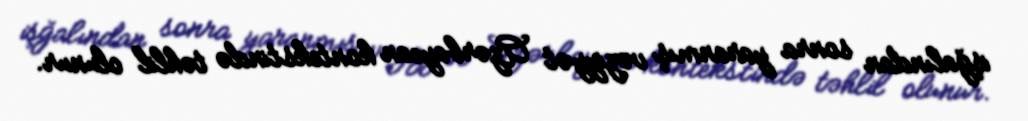
işğalından sonra yaranmış vəziyyət Azərbaycan kontekstində təhlil olunur.